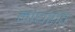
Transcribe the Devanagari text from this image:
माधराव